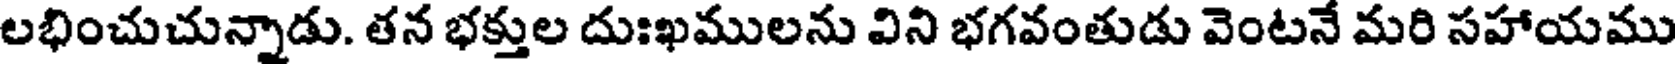
లభించుచున్నాడు. తన భక్తుల దుఃఖములను విని భగవంతుడు వెంటనే మరి సహాయము